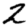
Digit: 2